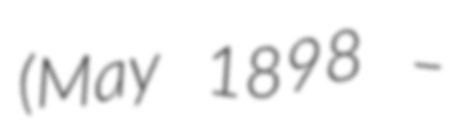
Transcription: (May 1898 –